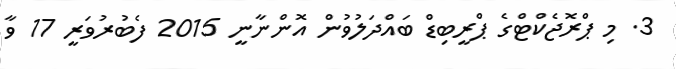
3. މި ޕްރޮޖެކްޓްގެ ޕްރީބިޑް ބައްދަލުވުން އޮންނާނީ 2015 ފެބުރުވަރީ 17 ވާ